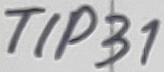
Text: TIP31